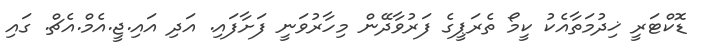
ޑޮކްޓަރީ ޚިދުމަތާއެކު ކީމޯ ތެރަޕީގެ ފަރުވާދޭން މިހާރުވަނީ ފަށާފައި. އަދި އައި.ޖީ.އެމް.އެޗް. ގައި